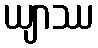
ယျာဿ